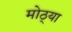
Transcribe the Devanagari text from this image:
मोठ्‍या